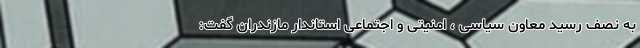
به نصف رسید معاون سیاسی ، امنیتی و اجتماعی استاندار مازندران گفت: